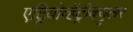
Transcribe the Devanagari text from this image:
एट्रियोव्हेंट्रीक्युलर